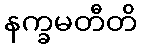
နက္ခမတီတိ